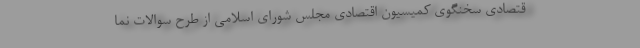
قتصادی سخنگوی کمیسیون اقتصادی مجلس شورای اسلامی از طرح سوالات نما